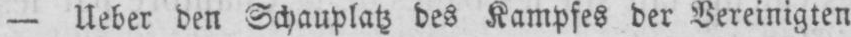
- Ueber den Schauplatz des Kampfes der Vereinigten